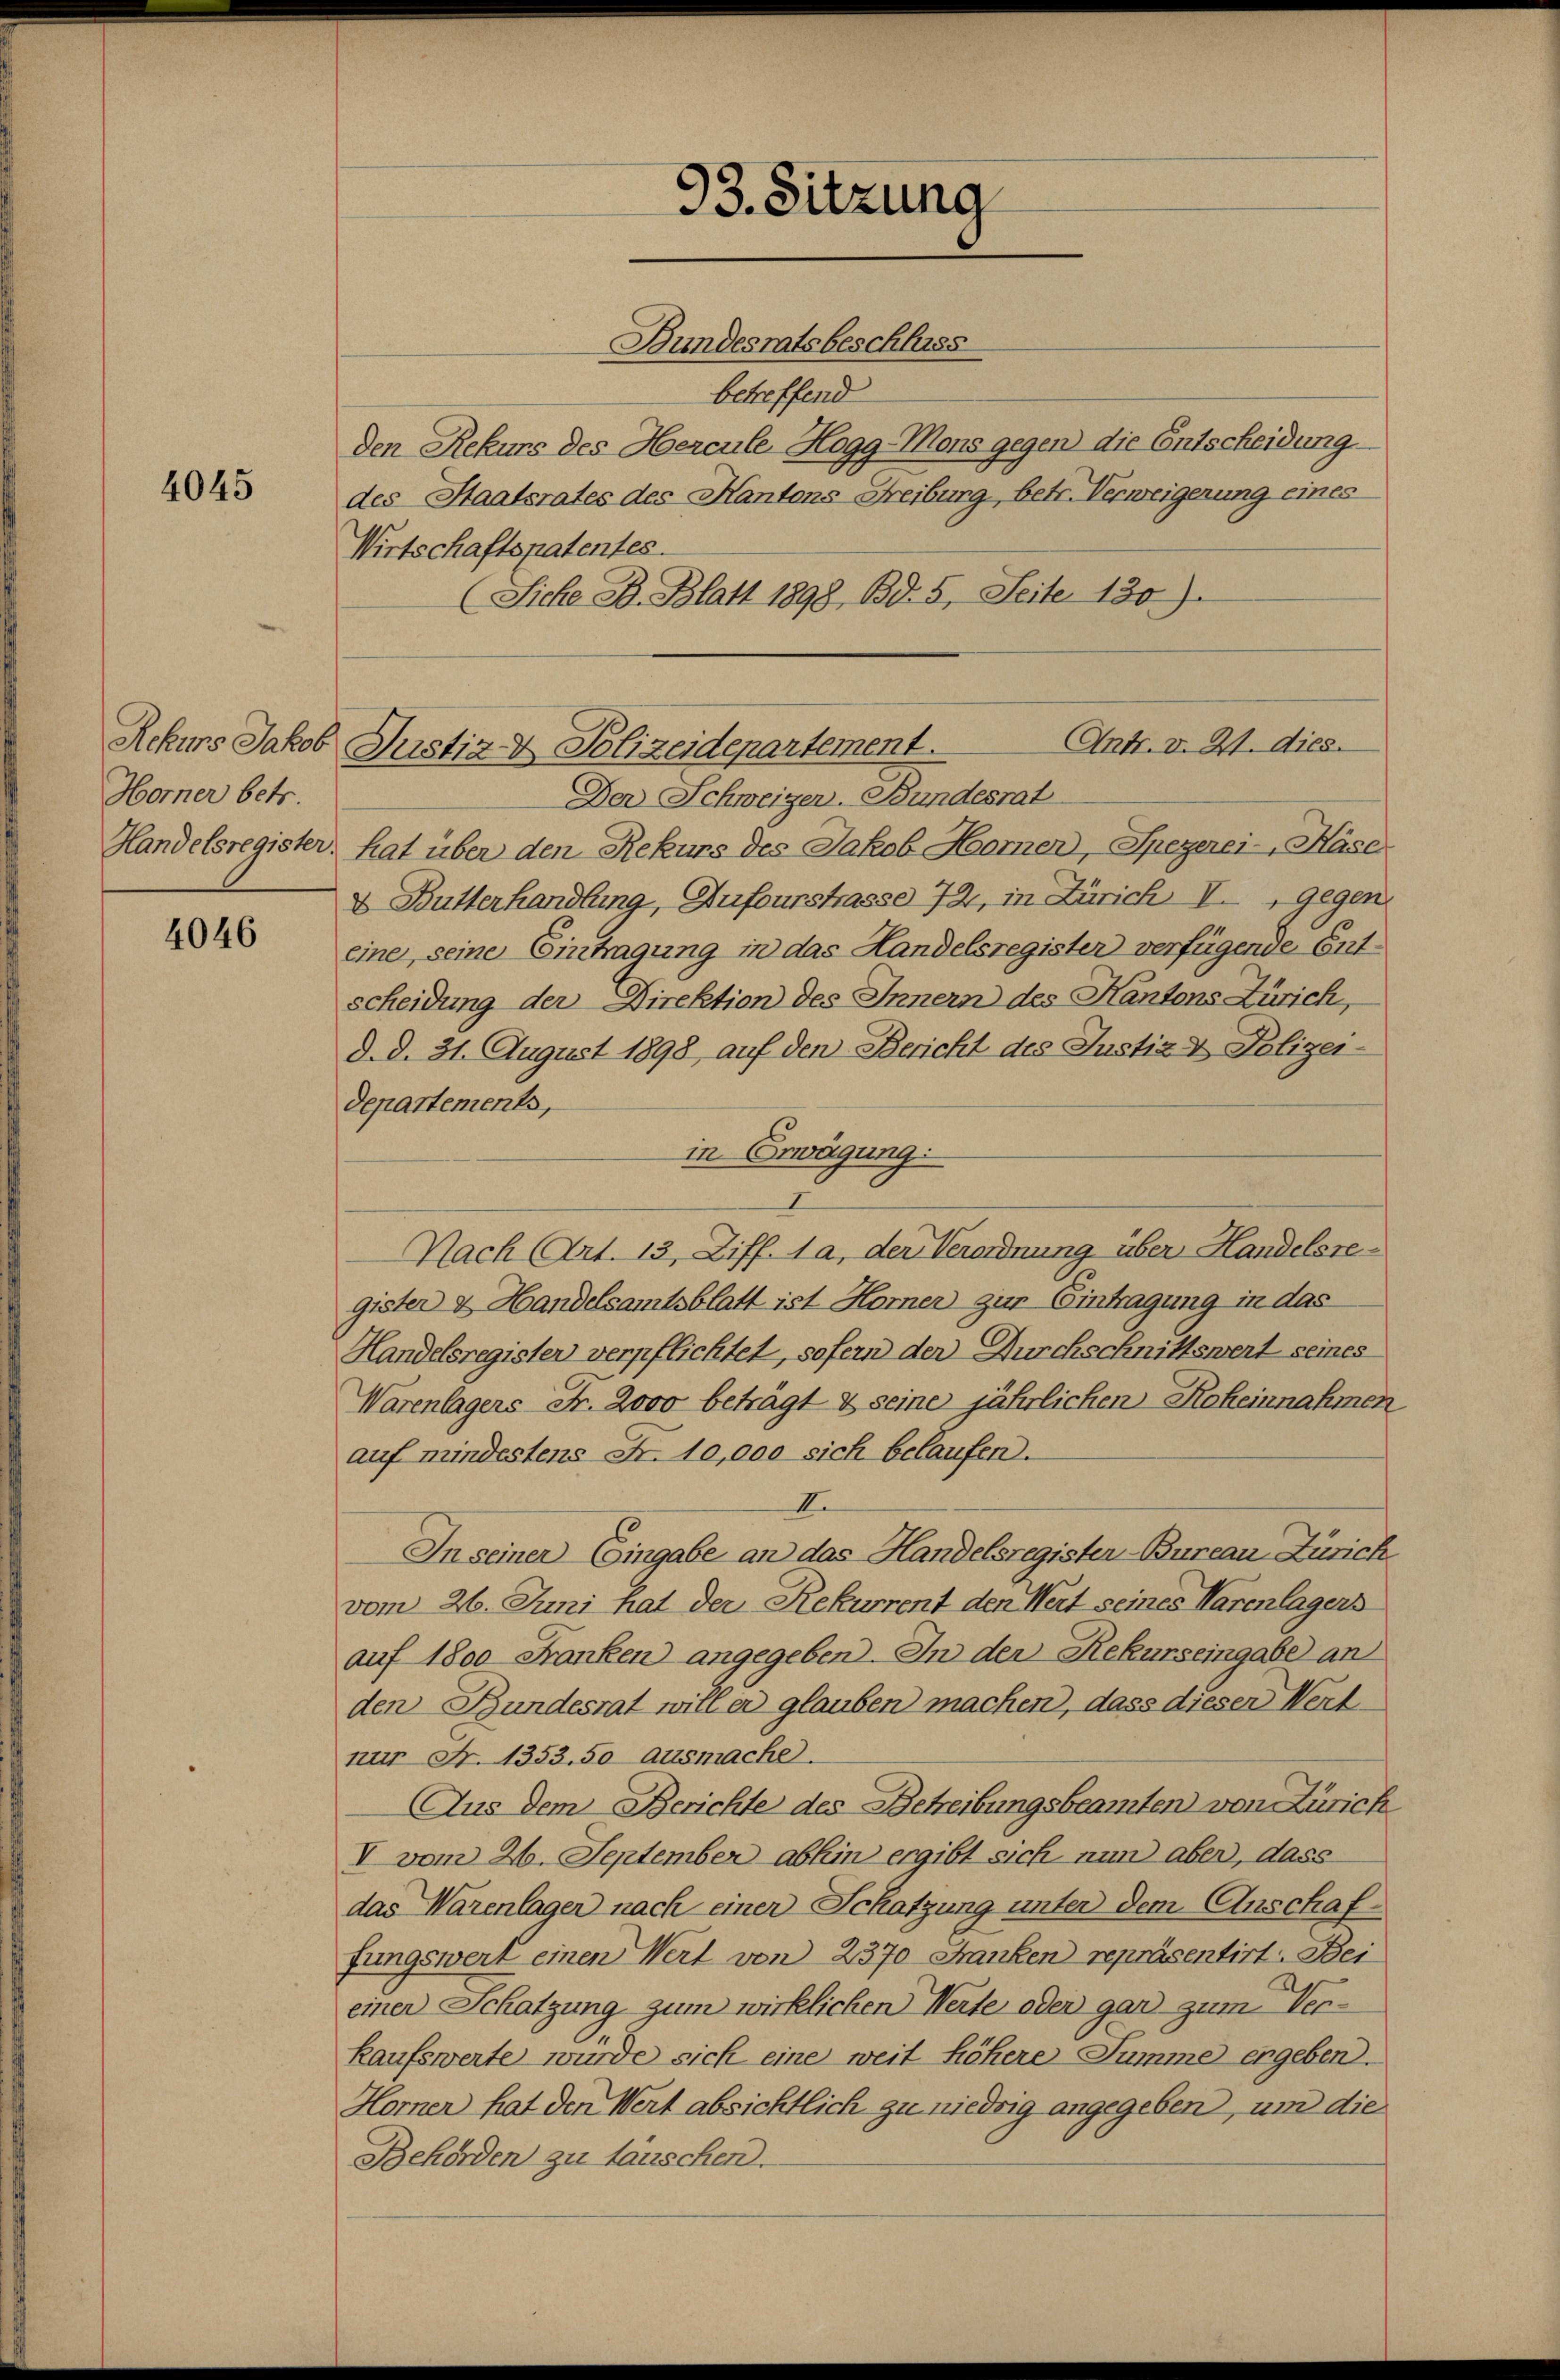
4045

Rekurs Jakob
Horner betr.
Handelsregister.

4046

Bundesratsbeschluss
betreffend
des Staatsrates des Kantons Freiburg, betr. Verweigerung eines
Wirtschaftspatentes.
(Siche B. Blatt 1898, Bd. 5. Seite 130.)
Ant. v. 21. dies
Der Schweizer. Bundesrat
hat über den Rekurs des Jakob Horner, Spezerei-, Hase
& Butterhandlung, Aufourstrasse 72, in Zürich I., gegen
eine seine Eintragung in das Handelsregister verfügende Entscheidung der Direktion des Innern des Kantons Zürich,
d. d. 31. August 1898, auf den Bericht des Justiz & Polizei-
departements,
in Erwägung:
Nach (Art. 13, Ziff. 1 a, der Verordnung über Handelsregister & Handelsamtsblatt ist Horner zur Eintragung in das
Handelsregister verpflichtet, sofern der Durchschnittswert seines
Warenlagers Fr. 2000 beträgt & seine jährlichen Roheinnahmen
auf mindestens Fr. 10,000 sich belaufen.
II.
In seiner Eingabe an das Handelsregister-Bureau Zürich.
vom 26. Juni hat der Rekurrent den Wert seines Warenlagers
auf 1800 Franken angegeben. In der Rekurseingabe an
den Bundesrat will er glauben machen, dass dieser Wert
nur Nr. 1353. 50 ausmache.
Aus dem Berichte des Betreibungsbeamten von Zürich
V vom 26. September abhin ergibt sich nun aber, dass
das Warenlager nach einer Schatzung unter dem Anschaffungswert einen Wert von 2370 Franken repräsentirt. Bei
einer Schatzung zum wirklichen Werte oder gar zum Verkaufswerte würde sich eine weit höhere Summe ergeben.
Horner hat den Wert absichtlich zu niedrig angegeben, um die
Behörden zu tauschen.

93. Sitzung

den Rekurs des Hercule, Hogg-Mons gegen die Entscheidung

Justiz- & Polizeidepartement.